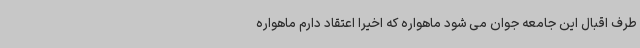
طرف اقبال این جامعه جوان می شود ماهواره که اخیرا اعتقاد دارم ماهواره